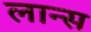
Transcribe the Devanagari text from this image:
लान्‍स